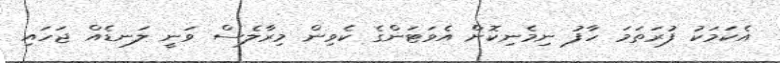
އެކަމަކު ފުރަތަމަ ހާފު ނިމެނިކޮށް އެވަޓަންގެ ކެވިން މިރާލެސް ވަނީ ލަނޑެއް ޖަހައި